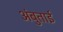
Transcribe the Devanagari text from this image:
अंबुताई